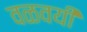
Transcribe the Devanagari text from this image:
वळवयी